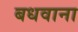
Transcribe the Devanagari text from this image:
बधवाना